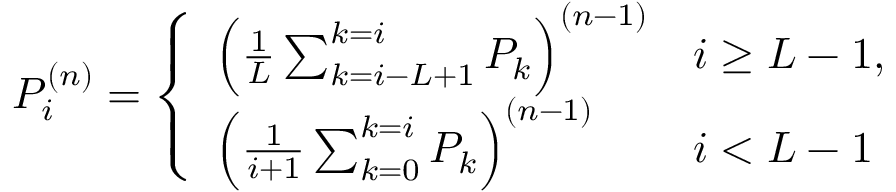
P _ { i } ^ { ( n ) } = \left\{ \begin{array} { l l } { \left( \frac { 1 } { L } \sum _ { k = i - L + 1 } ^ { k = i } P _ { k } \right) ^ { ( n - 1 ) } } & { i \geq { L - 1 } , } \\ { \left( \frac { 1 } { i + 1 } \sum _ { k = 0 } ^ { k = i } P _ { k } \right) ^ { ( n - 1 ) } } & { i < { L - 1 } } \end{array} \right.